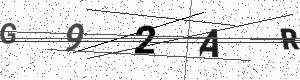
Text: G92AR